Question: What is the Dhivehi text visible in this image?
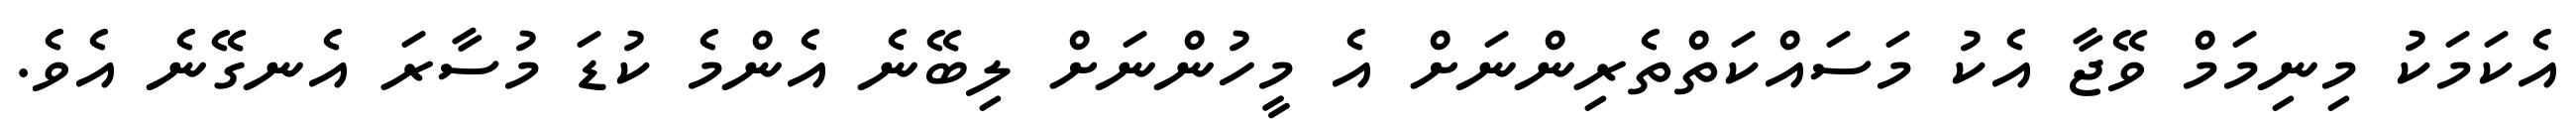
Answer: އެކަމަކު މިނިމަމް ވޭޖާ އެކު މަސައްކަތްތެރިންނަށް އެ މީހުންނަށް ލިބޭނެ އެންމެ ކުޑަ މުސާރަ އެނގޭނެ އެވެ.